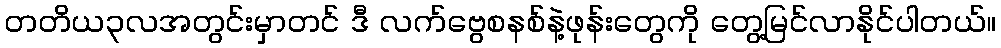
တတိယ၃လအတွင်းမှာတင် ဒီ လက်ဗွေစနစ်နဲ့ဖုန်းတွေကို တွေ့မြင်လာနိုင်ပါတယ်။